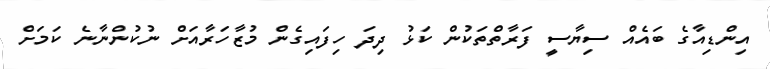
އިންޑިއާގެ ބައެއް ސިޔާސީ ފަރާތްތަކުން ކަޅު ދިދަ ހިފައިގެން މުޒާހަރާއަށް ނުކުންނާނެ ކަމަށް